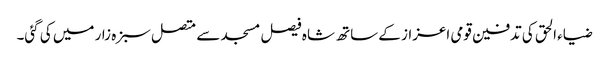
ضیاء الحق کی تدفین قومی اعزاز کے ساتھ شاہ فیصل مسجد سے متصل سبزہ زار میں کی گئی۔